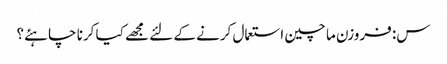
س: فروزن ما چین استعمال کرنے کے لئے مجھے کیا کرنا چاہئے؟